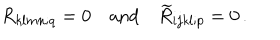
R _ { k l m n ; q } = 0 \quad \mathrm { a n d } \quad \widetilde { R } _ { i j k l ; p } = 0 \, .